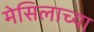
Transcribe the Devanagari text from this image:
मेसिलाच्या